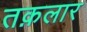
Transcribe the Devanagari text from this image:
तक़लार